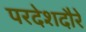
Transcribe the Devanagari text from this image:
परदेशदौरे